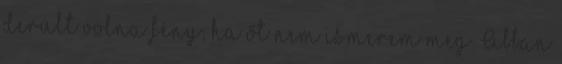
derült volna fény, ha őt nem ismerem meg. Abban